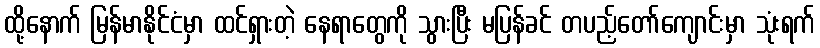
ထို့နောက် မြန်မာနိုင်ငံမှာ ထင်ရှားတဲ့ နေရာတွေကို သွားပြီး မပြန်ခင် တပည့်တော်ကျောင်းမှာ သုံးရက်